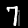
Digit: 7